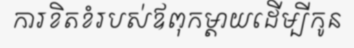
ការខិតខំរបស់ឪពុកម្តាយដើម្បីកូន